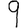
Digit: 9